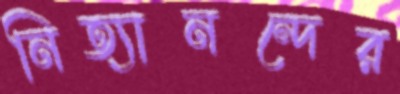
নিত্যানন্দের